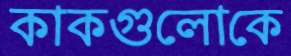
কাকগুলোকে